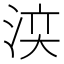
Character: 𣵉